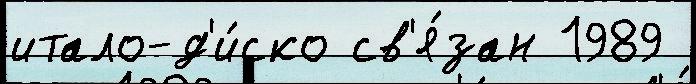
итало-д'и́ско св'я́зан 1989